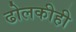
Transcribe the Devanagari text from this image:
ढोलकीही